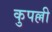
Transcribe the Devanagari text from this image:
कुपल्ली